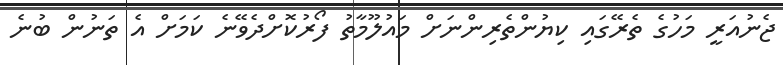
ޖެނުއަރީ މަހުގެ ތެރޭގައި ކިޔުންތެރިންނަށް މައުލޫމާތު ފޯރުކޮށްދެވޭނެ ކަމަށް އެ ތަނުން ބުނެ